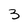
Character: 3